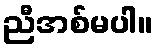
ညီအစ်မပါ။